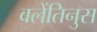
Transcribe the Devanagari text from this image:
वलेंतिनुस